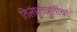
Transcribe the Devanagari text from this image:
तिलघृताहुतींचा